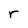
Character: r